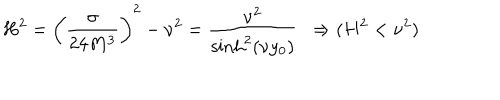
LaTeX: H ^ { 2 } = \left( \frac { \sigma } { 2 4 M ^ { 3 } } \right) ^ { 2 } - \nu ^ { 2 } = \frac { \nu ^ { 2 } } { \sinh ^ { 2 } ( \nu y _ { 0 } ) } \, \, \, \Rightarrow ( H ^ { 2 } < \nu ^ { 2 } )